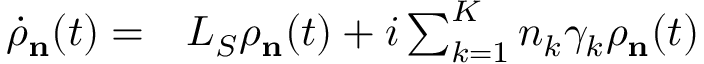
\begin{array} { r l } { { { { \dot { \rho } } } _ { \mathbf { n } } } ( t ) = } & { { } { { L } _ { S } } { { \rho } _ { \mathbf { n } } } ( t ) + i \sum _ { k = 1 } ^ { K } { { { n } _ { k } } { { \gamma } _ { k } } { { \rho } _ { \mathbf { n } } } } ( t ) } \end{array}